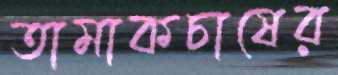
তামাকচাষের